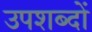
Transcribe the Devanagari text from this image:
उपशब्दों